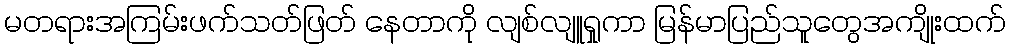
မတရားအကြမ်းဖက်သတ်ဖြတ် နေတာကို လျစ်လျူရှုကာ မြန်မာပြည်သူတွေအကျိုးထက်